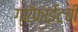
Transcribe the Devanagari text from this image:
ग्रॅफाईटची